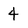
Character: 4